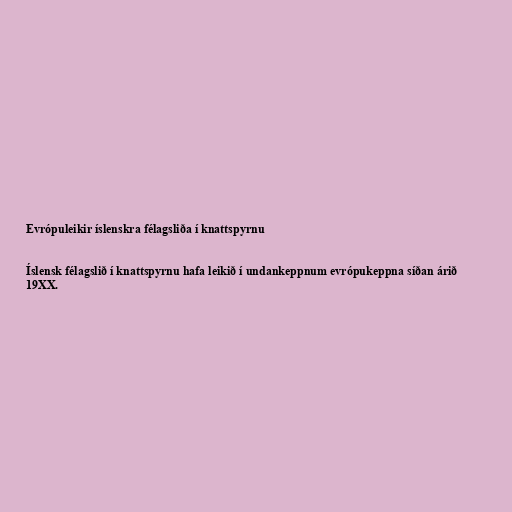
Evrópuleikir íslenskra félagsliða í knattspyrnu

Íslensk félagslið í knattspyrnu hafa leikið í undankeppnum evrópukeppna síðan árið
19XX.